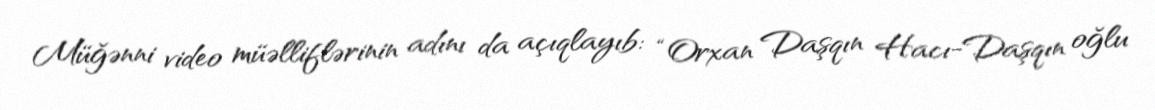
Müğənni video müəlliflərinin adını da açıqlayıb: “Orxan Daşqın Hacı-Daşqın oğlu